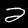
Digit: 2